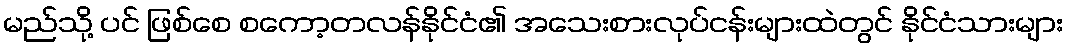
မည်သို့ ပင် ဖြစ်စေ စကော့တလန်နိုင်ငံ၏ အသေးစားလုပ်ငန်းများထဲတွင် နိုင်ငံသားများ